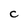
Character: C